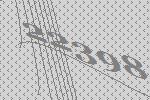
22398